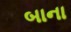
બાના